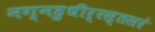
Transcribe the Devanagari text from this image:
नग्नहुधीर्रस्तसरं